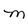
Character: M